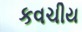
કવચીય